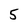
Character: 5